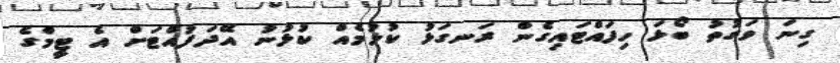
ގިނަ ވަގުތު ބޯޅަ ހިފައްޓައިގެން ރަނގަޅު ކުޅުމެއް ކުޅުނު އޭދަފުއްޓަށް އެ ޓީމްގެ